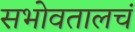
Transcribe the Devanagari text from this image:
सभोवतालचं